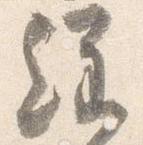
経